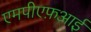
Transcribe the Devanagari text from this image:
एमपीएफ़आई